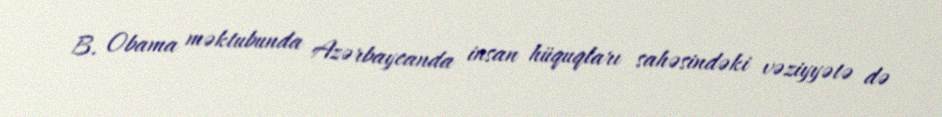
B. Obama məktubunda Azərbaycanda insan hüquqları sahəsindəki vəziyyətə də